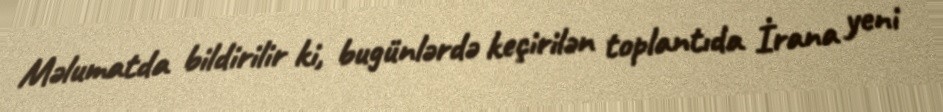
Məlumatda bildirilir ki, bugünlərdə keçirilən toplantıda İrana yeni